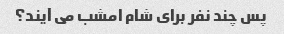
پس چند نفر برای شام امشب می آیند؟